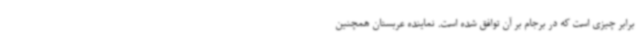
برابر چیزی است که در برجام بر آن توافق شده است. نماینده عربستان همچنین